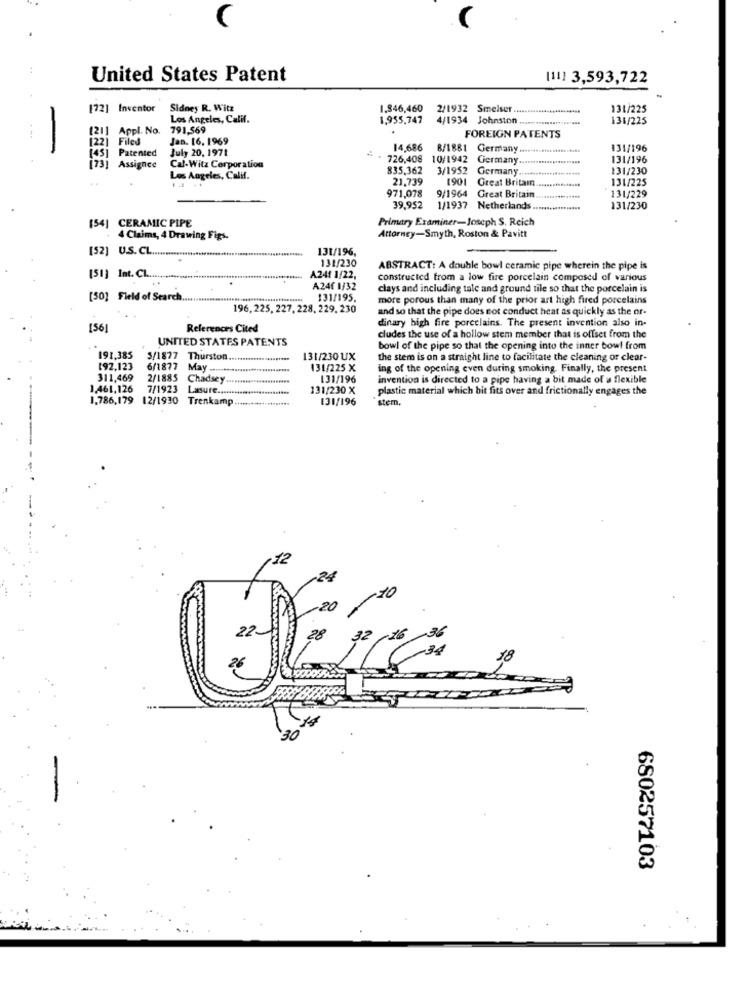
United States Patent
[11] 3,593,722
[72] Inventor
Sidney R. Witz
1.846,460
2/1932 Smelser ......
131/225
Los Angeles, Calif.
1,955,747
4/1934 Johnston
131/225
[21]
[21] Appl. No. 791,56
791,569
[22]
[22] Filed
Jan. 16. 1969
FOREIGN PATENTS
[4]
July 20, 1971
14,686
14,686 8/1881 Germany
131/196
[45] Patented
10/1942
131/196
[73] Assignee
Cal-Witz Corporation
835,362
3/1952
Germany.
131/230
. .
Los Angeles, Calif.
21.739
1901
Great Britain
131/225
971,078
9/1964
Great Britain
131/229
39,952
1/1937
Netherlands
131/230
[34]
CERAMIC PIPE
Primary Examiner-Joseph S. Reich
4 Claims, 4 Drawing Figs.
Attorney-Smyth, Roston & Pavitt
[52] U.S.CL
131/196,
131/230
ABSTRACT: A double bowl ceramic pipe wherein the pipe is
[51] Int. Cl ................
A241 1/22,
constructed from a low fire porcelain composed of various
A24f 1/32
clays and including tale and ground tile so that the porcelain is
[50] Field of Search ....
131/195.
more porous than many of the prior art high fired porcelains
196, 225, 227, 228, 229, 230
and so that the pipe does not conduct heat as quickly as the of-
dinary high fire porcelains. The present invention also in.
[56]
References Cited
UNITED STATES PATENTS
cludes the use of a hollow stem member that is offset from the
bowl of the pipe so that the opening into the inner bowl from
191,385
5/1877 Thurston
131/230 UX
the stem is on a straight line to facilitate the cleaning or clear-
192,123
6/1877
May .....
131/225 X
ing of the opening even during smoking. Finally, the present
311,469
2/1885 Chadsey
131/196
invention is directed to a pipe having a bit made of a flexible
1,461,126
7/1923
Lasure ...
131/230 X
plastic material which bit fits over and frictionally engages the
1.786,179 12/1930 Trenkamp ...... +++++
131/196
stem,
22
28
26
30
680257103